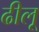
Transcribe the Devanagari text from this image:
ढीलू